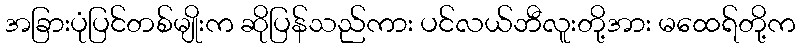
အခြားပုံပြင်တစ်မျိုးက ဆိုပြန်သည်ကား ပင်လယ်ဘီလူးတို့အား မထေရ်တို့က